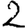
Digit: 2